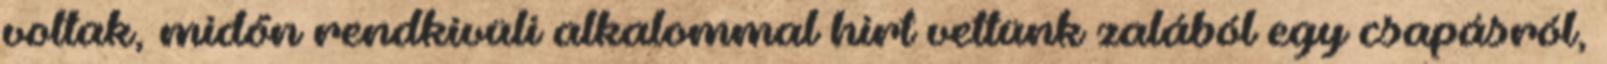
voltak, midőn rendkivüli alkalommal hirt vettünk zalából egy csapásról,